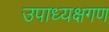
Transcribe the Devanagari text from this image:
उपाध्यक्षगण